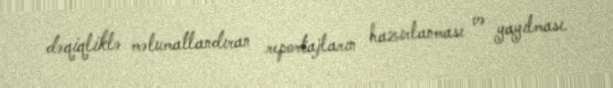
dəqiqliklə məlumatlandıran reportajların hazırlanması və yayılması.